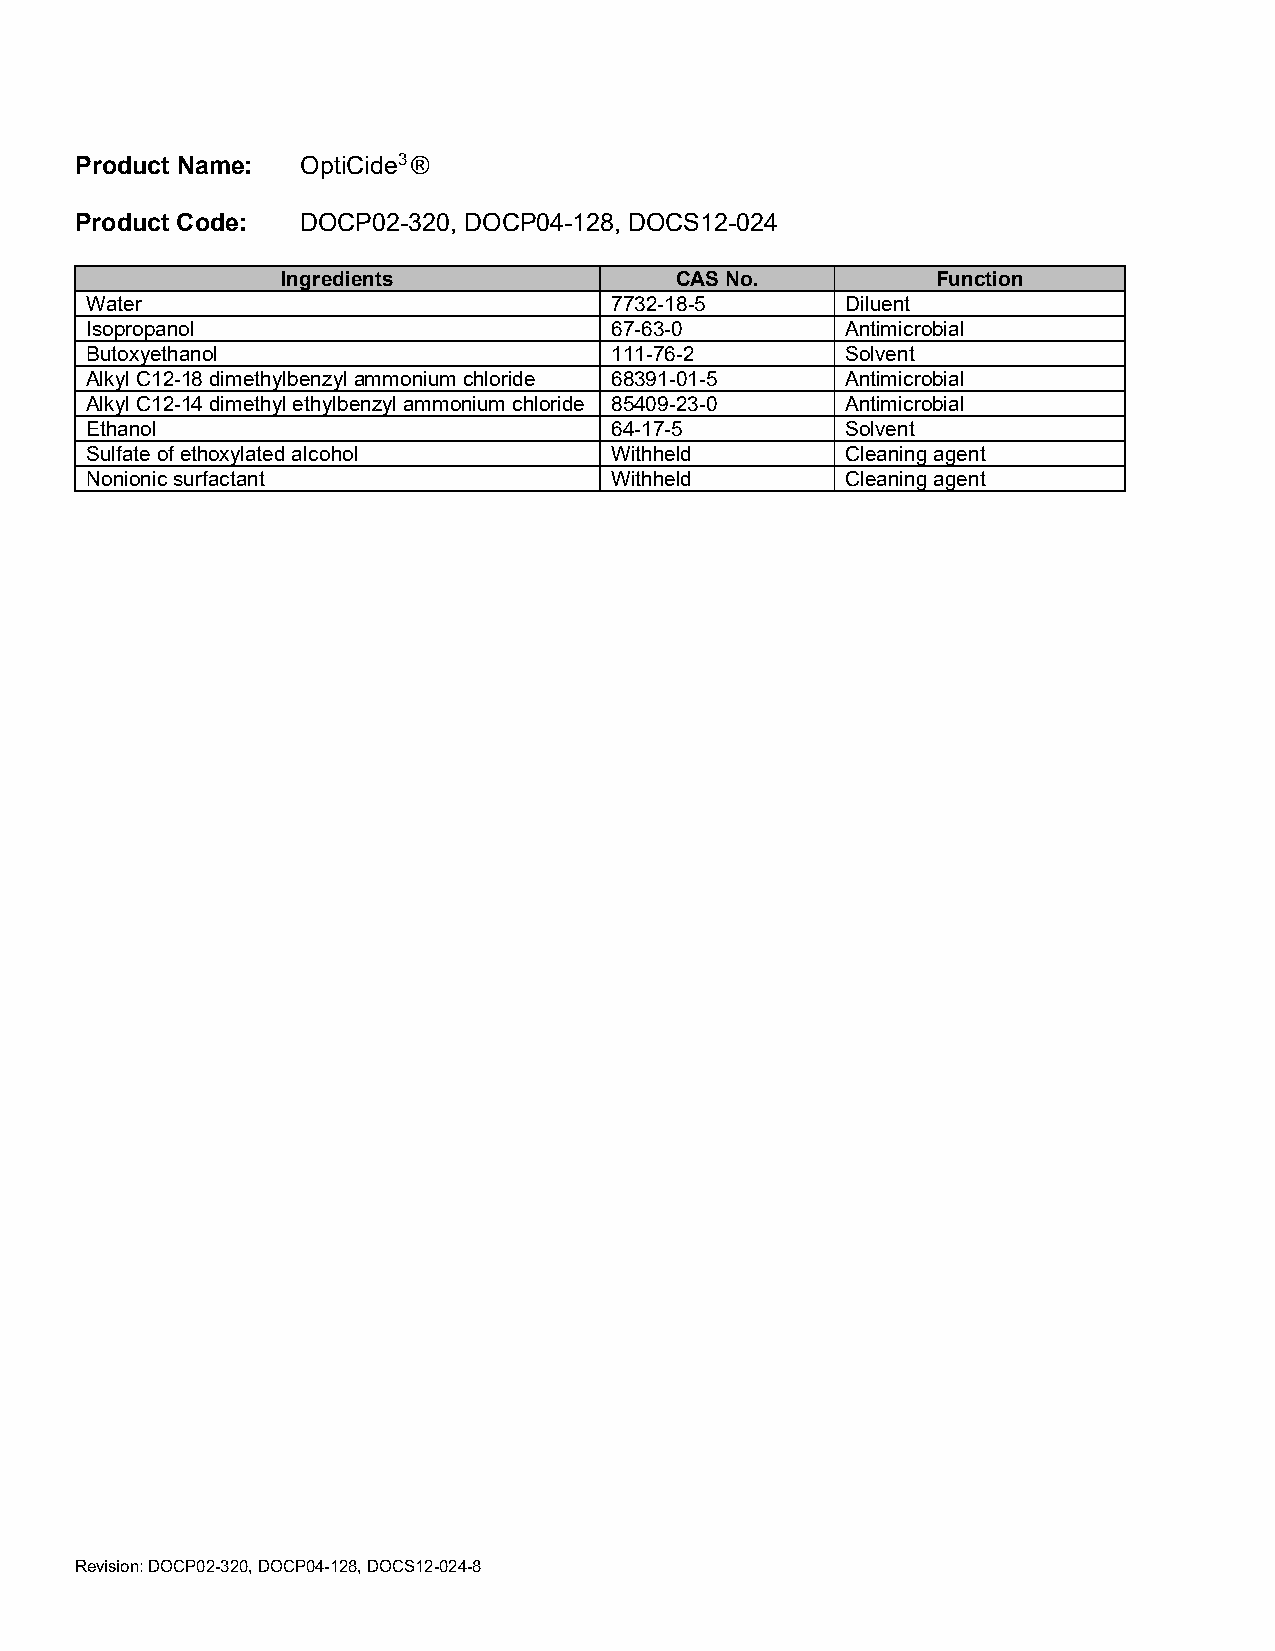
Product Name:  OptiCide3 ®
 Product Code:  DOCP02-320, DOCP04-128, DOCS12-024
 Ingredients               CAS No.          Function
 Water                             7732-18-5       Diluent
 Isopropanol                       67-63-0         Antimicrobial
 Butoxyethanol                     111-76-2        Solvent
 Alkyl C12-18 dimethylbenzyl ammonium chloride 68391-01-5 Antimicrobial
 Alkyl C12-14 dimethyl ethylbenzyl ammonium chloride 85409-23-0 Antimicrobial
 Ethanol                           64-17-5         Solvent
 Sulfate of ethoxylated alcohol    Withheld        Cleaning agent
 Nonionic surfactant               Withheld        Cleaning agent
 Revision: DOCP02-320, DOCP04-128, DOCS12-024-8